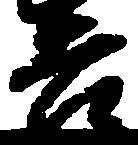
吉